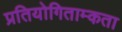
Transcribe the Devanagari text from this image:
प्रतियोगिताम्कता